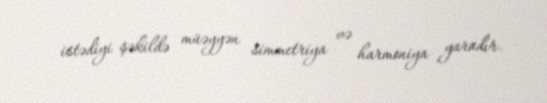
istədiyi şəkildə müəyyən simmetriya və harmoniya yaradır.